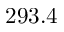
2 9 3 . 4